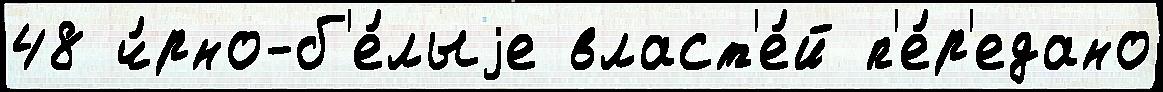
48 ч́рно-б'е́лыjе власт'е́й п'е́р'едано